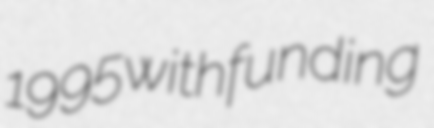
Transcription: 1995 with funding